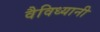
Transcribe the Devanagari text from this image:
वैविध्यानी